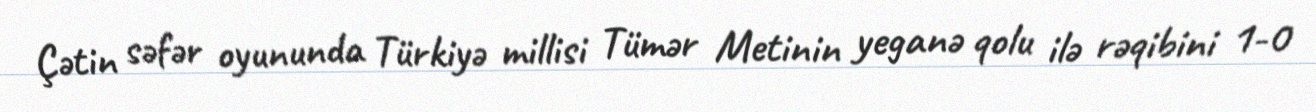
Çətin səfər oyununda Türkiyə millisi Tümər Metinin yeganə qolu ilə rəqibini 1-0